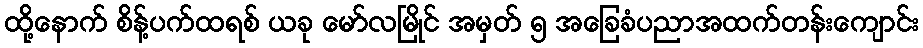
ထို့နောက် စိန့်ပက်ထရစ် ယခု မော်လမြိုင် အမှတ် ၅ အခြေခံပညာအထက်တန်းကျောင်း